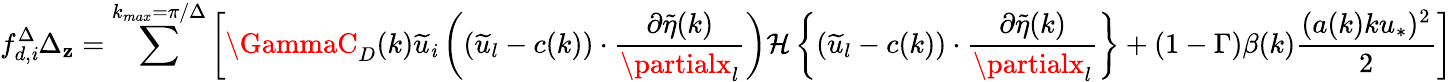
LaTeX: {f_{d,\mathit{i}}^{\Delta}}\Delta_{\mathbf{z}}=\sum^{k_{max}=\pi/\Delta}\left[\GammaC_{D}(k)\widetilde{{u}}_{\mathit{i}}\left((\widetilde{{u}}_{l}-c(k))\cdot\frac{{\partial\widetilde{{\eta}}(k)}}{{\partialx_{l}}}\right){\mathcal{{H}}\left\{ (\widetilde{{u}}_{l}-c(k))\cdot\frac{{\partial\widetilde{{\eta}}(k)}}{{\partialx_{l}}}\right\} }+(1-\Gamma)\beta(k)\frac{{(a(k)ku_{*})^{2}}}{{2}}\right]